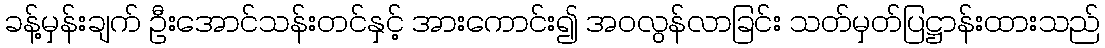
ခန့်မှန်းချက် ဦးအောင်သန်းတင်နှင့် အားကောင်း၍ အဝလွန်လာခြင်း သတ်မှတ်ပြဋ္ဌာန်းထားသည်